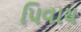
પિવાય